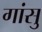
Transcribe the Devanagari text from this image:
गांसु